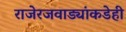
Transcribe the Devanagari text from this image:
राजेरजवाड्यांकडेही